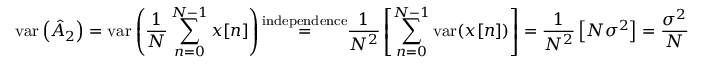
\mathrm { v a r } \left( { \hat { A } } _ { 2 } \right) = \mathrm { v a r } \left( { \frac { 1 } { N } } \sum _ { n = 0 } ^ { N - 1 } x [ n ] \right) { \overset { \mathrm { i n d e p e n d e n c e } } { = } } { \frac { 1 } { N ^ { 2 } } } \left[ \sum _ { n = 0 } ^ { N - 1 } \mathrm { v a r } ( x [ n ] ) \right] = { \frac { 1 } { N ^ { 2 } } } \left[ N \sigma ^ { 2 } \right] = { \frac { \sigma ^ { 2 } } { N } }